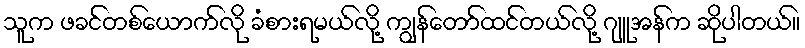
သူက ဖခင်တစ်ယောက်လို ခံစားရမယ်လို့ ကျွန်တော်ထင်တယ်လို့ ဂျူအန်က ဆိုပါတယ်။